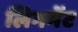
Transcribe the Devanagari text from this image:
लिगमेंट